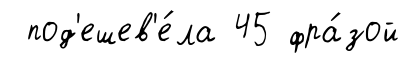
под'ешев'е́ла 45 фра́зой